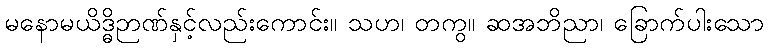
မနောမယိဒ္ဓိဉာဏ်နှင့်လည်းကောင်း။ သဟ၊ တကွ။ ဆအဘိညာ၊ ခြောက်ပါးသော